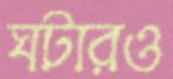
ঘটারও